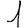
Digit: 1